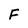
Character: F